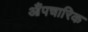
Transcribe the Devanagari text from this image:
औंपचारिक